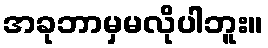
အခုဘာမှမလိုပါဘူး။